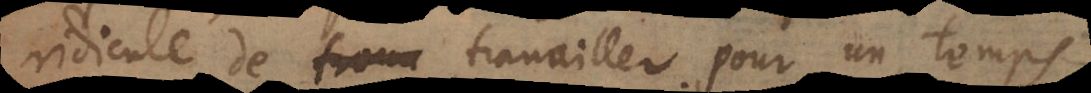
ridicule de travailler pour un temps